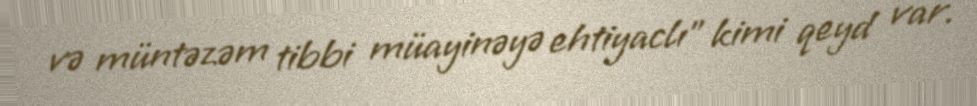
və müntəzəm tibbi müayinəyə ehtiyaclı” kimi qeyd var.